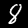
Digit: 8